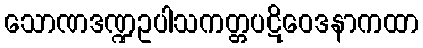
သောဏဒဏ္ဍဥပါသကတ္တပဋိဝေဒနာကထာ